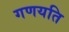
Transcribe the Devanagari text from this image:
गणयति